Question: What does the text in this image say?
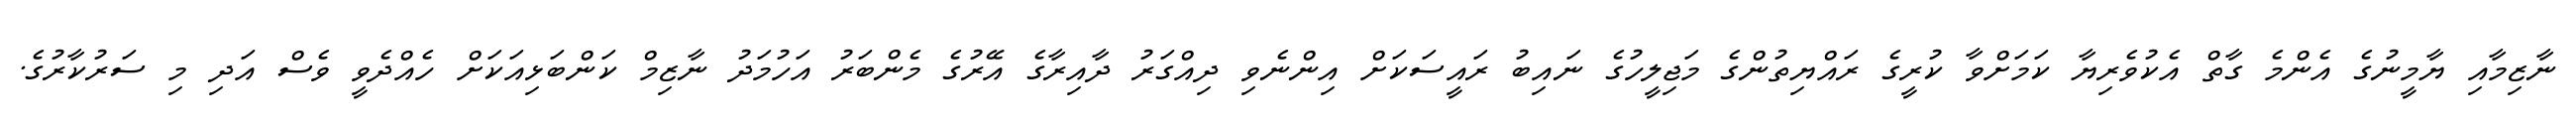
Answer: ނާޒިމާއި ޔާމީނުގެ އެންމެ ގާތް އެކުވެރިޔާ ކަމަށްވާ ކުރީގެ ރައްޔިތުންގެ މަޖިލީހުގެ ނައިބު ރައީސަކަށް އިންނެވި ދިއްގަރު ދާއިރާގެ އޭރުގެ މެންބަރު އަހުމަދު ނާޒިމް ކަންބަޅިއަކަށް ހެއްދެވީ ވެސް އަދި މި ސަރުކާރުގެ.